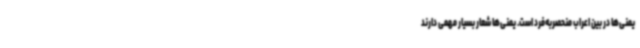
یمنی‌ها در بین اعراب منحصربه‌فرد است. یمنی‌ها شعار بسیار مهمی دارند